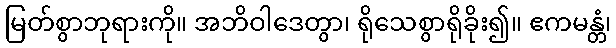
မြတ်စွာဘုရားကို။ အဘိဝါဒေတွာ၊ ရိုသေစွာရိုခိုး၍။ ဧကမန္တံ၊